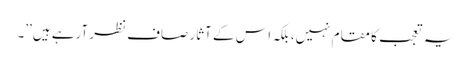
یہ تعجب کا مقام نہیں، بلکہ اس کے آثار صاف نظر آرہے ہیں’’۔